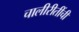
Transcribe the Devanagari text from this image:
चालीरीतींची